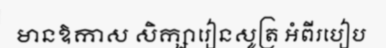
មានឱកាស សិក្សារៀនសូត្រ អំពីរបៀប